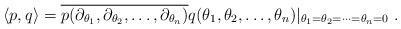
LaTeX: \begin{align*}\left< p, q \right> = \overline{p(\partial_{\theta_1}, \partial_{\theta_2}, \ldots, \partial_{\theta_n})}q( \theta_1, \theta_2, \ldots, \theta_n)|_{\theta_1=\theta_2 = \cdots=\theta_n=0}~.\end{align*}